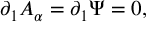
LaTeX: \partial _ { 1 } A _ { \alpha } = \partial _ { 1 } \Psi = 0 ,